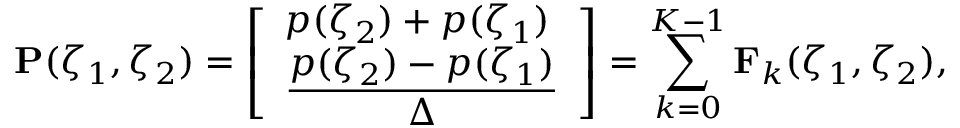
\mathbf P ( \zeta _ { 1 } , \zeta _ { 2 } ) = \left[ \begin{array} { l } { p ( \zeta _ { 2 } ) + p ( \zeta _ { 1 } ) } \\ { \displaystyle \frac { p ( \zeta _ { 2 } ) - p ( \zeta _ { 1 } ) } \Delta } \end{array} \right] = \sum _ { k = 0 } ^ { K - 1 } \mathbf F _ { k } ( \zeta _ { 1 } , \zeta _ { 2 } ) ,